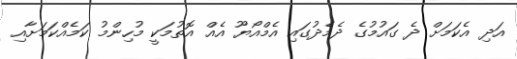
އަދި އެކަމަށް ދެ ގައުމުގެ ދެމެދުގައި އެމްއޯޔޫ އެއް އޮތުމަކީ މުހިންމު ކަމެއްކަމަށާއި